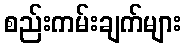
စည်းကမ်းချက်များ